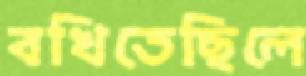
বখিতেছিলে